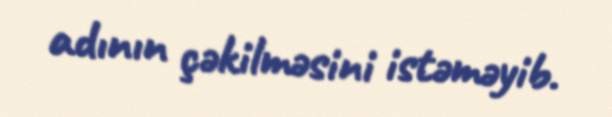
adının çəkilməsini istəməyib.